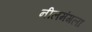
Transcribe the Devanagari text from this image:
नीलमंगला